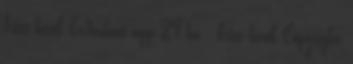
friss hírek Windows app 24.hu - friss hírek Copyright